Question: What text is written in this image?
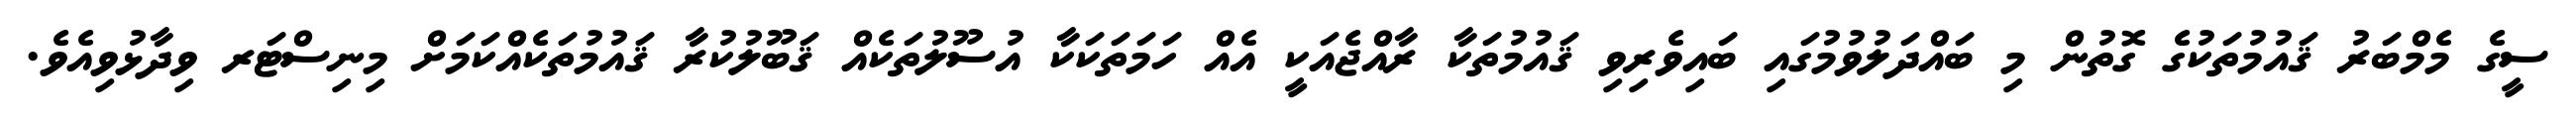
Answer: ސީގެ މެމްބަރު ޤައުމުތަކުގެ ގޮތުން މި ބައްދަލުވުމުގައި ބައިވެރިވި ޤައުމުތަކާ ރާއްޖެއަކީ އެއް ހަމަތަކަކާ އުސޫލުތަކެއް ޤަބޫލުކުރާ ޤައުމުތަކެއްކަމަށް މިނިސްޓަރ ވިދާޅުވިއެވެ.